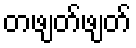
တဖျတ်ဖျတ်